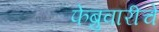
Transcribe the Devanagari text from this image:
फेब्रुवारीचे